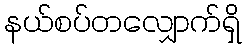
နယ်စပ်တလျှောက်ရှိ